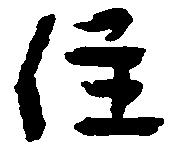
住